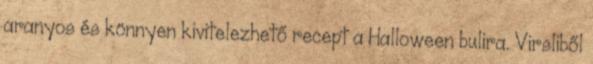
aranyos és könnyen kivitelezhető recept a Halloween bulira. Virsliből